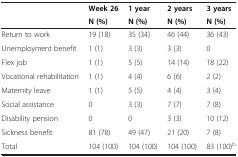
<table><thead><tr><td rowspan="2"><b> </b></td><td><b>Week 26</b></td><td><b>1 year</b></td><td><b>2 years</b></td><td><b>3 years</b></td></tr><tr><td><b>N (%)</b></td><td><b>N (%)</b></td><td><b>N (%)</b></td><td><b>N (%)</b></td></tr></thead><tbody><tr><td>Return to work</td><td>19 (18)</td><td>35 (34)</td><td>46 (44)</td><td>36 (43)</td></tr><tr><td>Unemployment benefit</td><td>1 (1)</td><td>3 (3)</td><td>3 (3)</td><td>0</td></tr><tr><td>Flex job</td><td>1 (1)</td><td>5 (5)</td><td>14 (14)</td><td>18 (22)</td></tr><tr><td>Vocational rehabilitation</td><td>1 (1)</td><td>4 (4)</td><td>6 (6)</td><td>2 (2)</td></tr><tr><td>Maternity leave</td><td>1 (1)</td><td>5 (5)</td><td>4 (4)</td><td>3 (4)</td></tr><tr><td>Social assistance</td><td>0</td><td>3 (3)</td><td>7 (7)</td><td>7 (8)</td></tr><tr><td>Disability pension</td><td>0</td><td>0</td><td>3 (3)</td><td>10 (12)</td></tr><tr><td>Sickness benefit</td><td>81 (78)</td><td>49 (47)</td><td>21 (20)</td><td>7 (8)</td></tr><tr><td>Total</td><td>104 (100)</td><td>104 (100)</td><td>104 (100)</td><td>83 (100)<sup>b</sup></td></tr></tbody></table>